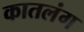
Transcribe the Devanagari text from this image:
कातलंग